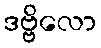
ဒဗ္ဗိလော